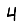
Digit: 4